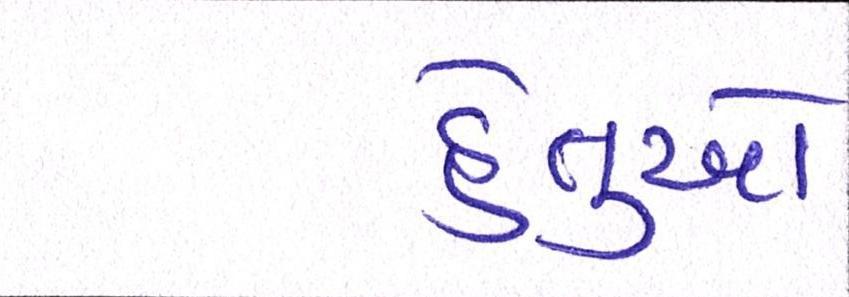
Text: હેતુઓ